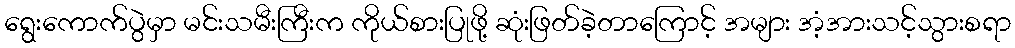
ရွေးကောက်ပွဲမှာ မင်းသမီးကြီးက ကိုယ်စားပြုဖို့ ဆုံးဖြတ်ခဲ့တာကြောင့် အများ အံ့အားသင့်သွားစရာ